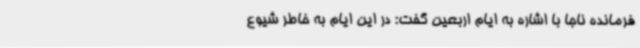
فرمانده ناجا با اشاره به ایام اربعین گفت: در این ایام به خاطر شیوع